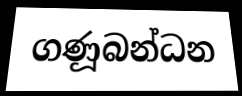
ගණූබන්ධන